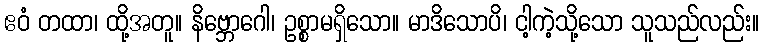
ဧဝံ တထာ၊ ထို့အတူ။ နိဗ္ဘောဂေါ၊ ဥစ္စာမရှိသော။ မာဒိသောပိ၊ ငါ့ကဲ့သို့သော သူသည်လည်း။